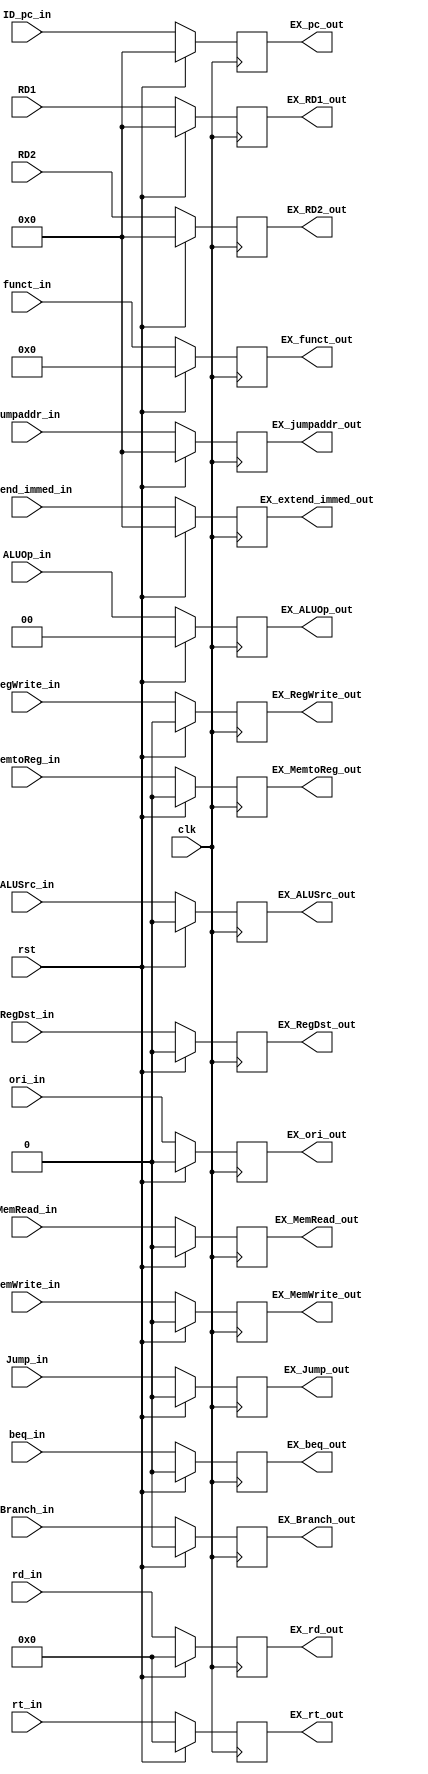
module ID_EX(clk, rst, ID_pc_in, EX_pc_out, RD1, EX_RD1_out, RD2, EX_RD2_out, extend_immed_in, EX_extend_immed_out, jumpaddr_in, EX_jumpaddr_out,
				rt_in, EX_rt_out, rd_in, EX_rd_out, RegDst_in, EX_RegDst_out, ALUOp_in, EX_ALUOp_out, ALUSrc_in, EX_ALUSrc_out, MemtoReg_in, EX_MemtoReg_out,
				RegWrite_in, EX_RegWrite_out, MemRead_in, EX_MemRead_out, MemWrite_in, EX_MemWrite_out, Branch_in, EX_Branch_out, Jump_in, EX_Jump_out, 
				funct_in, EX_funct_out, beq_in, EX_beq_out, ori_in, EX_ori_out);
	input clk, rst ;
	input RegDst_in, ALUSrc_in, MemtoReg_in, RegWrite_in, MemRead_in, MemWrite_in, Branch_in, Jump_in, beq_in, ori_in ;
	output EX_RegDst_out, EX_ALUSrc_out, EX_MemtoReg_out, EX_RegWrite_out, EX_MemRead_out, EX_MemWrite_out, EX_Branch_out, EX_Jump_out, EX_beq_out, EX_ori_out ;
	input [1:0] ALUOp_in ;
	output [1:0] EX_ALUOp_out ;
	input [4:0] rt_in, rd_in;
	output [4:0] EX_rt_out, EX_rd_out ;
	input [5:0] funct_in ;
	output [5:0] EX_funct_out ;
	input [31:0] ID_pc_in, RD1, RD2, extend_immed_in, jumpaddr_in ;
	output [31:0] EX_pc_out, EX_RD1_out, EX_RD2_out, EX_extend_immed_out, EX_jumpaddr_out ;
	
	
	
	reg [31:0] EX_pc_out, EX_RD1_out, EX_RD2_out, EX_extend_immed_out, EX_jumpaddr_out ;
	reg [4:0] EX_rt_out, EX_rd_out ;
	reg [1:0] EX_ALUOp_out ;
	reg [5:0] EX_funct_out ;
	reg EX_RegDst_out, EX_ALUSrc_out, EX_MemtoReg_out, EX_RegWrite_out, EX_MemRead_out, EX_MemWrite_out, EX_Branch_out, EX_Jump_out, EX_beq_out, EX_ori_out ;
	
	always @( posedge clk ) begin
		if ( rst ) begin
			EX_pc_out <= 32'd0 ;
			EX_RD1_out <= 32'd0 ;
			EX_RD2_out <= 32'd0 ;
			EX_extend_immed_out <= 32'd0 ;
			EX_jumpaddr_out <= 32'd0 ;
			EX_rt_out <= 5'd0 ;
			EX_rd_out <= 5'd0 ;
			EX_RegDst_out <= 1'd0 ;
			EX_ALUOp_out <= 2'd0 ;
			EX_ALUSrc_out <= 1'd0 ;
			EX_MemtoReg_out <= 1'd0 ;
			EX_RegWrite_out <= 1'd0 ;
			EX_MemRead_out <= 1'd0 ;
			EX_MemWrite_out <= 1'd0 ;
			EX_Branch_out <= 1'd0 ;
			EX_Jump_out <= 1'd0 ;
			EX_funct_out <= 6'd0 ;
			EX_beq_out <= 1'd0 ;
			EX_ori_out <= 1'd0 ;
		end
		
		else begin
			EX_pc_out <= ID_pc_in ;
			EX_RD1_out <= RD1 ;
			EX_RD2_out <= RD2 ;
			EX_extend_immed_out <= extend_immed_in ;
			EX_jumpaddr_out <= jumpaddr_in ;
			EX_rt_out <= rt_in ;
			EX_rd_out <= rd_in ;
			EX_RegDst_out <= RegDst_in ;
			EX_ALUOp_out <= ALUOp_in ;
			EX_ALUSrc_out <= ALUSrc_in ;
			EX_MemtoReg_out <= MemtoReg_in ;
			EX_RegWrite_out <= RegWrite_in ;
			EX_MemRead_out <= MemRead_in ;
			EX_MemWrite_out <= MemWrite_in ;
			EX_Branch_out <= Branch_in ;
			EX_Jump_out <= Jump_in ;
			EX_funct_out <= funct_in ;
			EX_beq_out <= beq_in ;
			EX_ori_out <= ori_in ;
		end
	end
						
endmodule